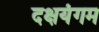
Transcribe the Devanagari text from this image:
दक्षयंगम